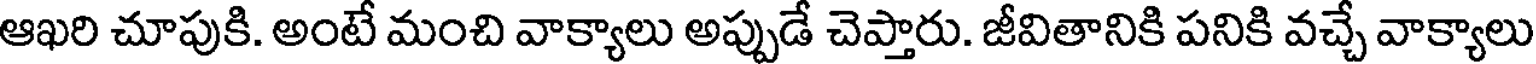
ఆఖరి చూపుకి. అంటే మంచి వాక్యాలు అప్పుడే చెప్తారు. జీవితానికి పనికి వచ్చే వాక్యాలు